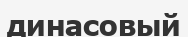
динасовый